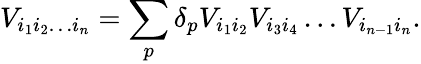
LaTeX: V_{i_{1}i_{2}\ldots i_{n}}=\sum_{p}\delta_{p}V_{i_{1}i_{2}}V_{i_{3}i_{4}}\ldots V_{i_{n-1}i_{n}}.